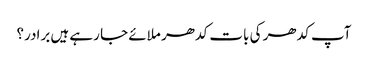
آپ کدھر کی بات کدھر ملائے جا رہے ہیں برادر؟